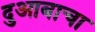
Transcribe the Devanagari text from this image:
दुआबाचा